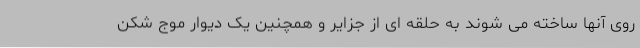
روی آنها ساخته می شوند به حلقه ای از جزایر و همچنین یک دیوار موج شکن